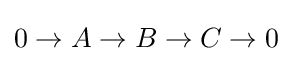
0\to A\to B\to C\to 0\;